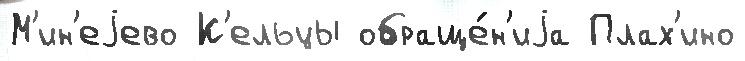
М'ин'еjево К'ельцы обраще́н'иjа Плах'ино